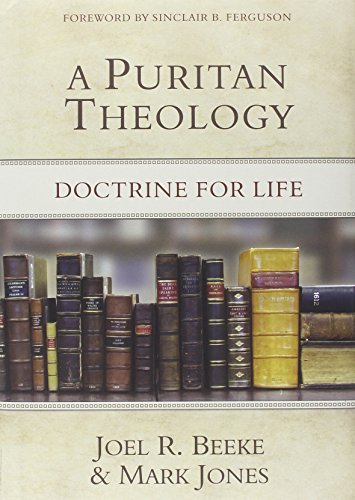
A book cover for A Puritan Theology: Doctrine for Life; Joel R. Beeke; Christian Books & Bibles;